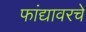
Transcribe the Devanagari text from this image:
फांद्यावरचे